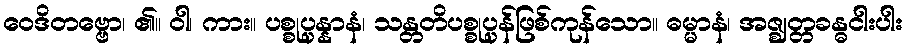
ဝေဒိတဗ္ဗော၊ ၏။ ဝါ၊ ကား။ ပစ္စုပ္ပန္နာနံ၊ သန္တတိပစ္စုပ္ပန်ဖြစ်ကုန်သော။ ဓမ္မာနံ၊ အဇ္ဈတ္တခန္ဓငါးပါး